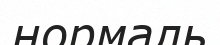
нормаль